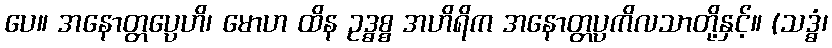
ပေ။ အနောတ္တပ္ပေဟိ၊ မောဟ ထိန ဥဒ္ဓစ္စ အဟိရိက အနောတ္တပ္ပကိလသာတို့နှင့်။ (သဒ္ဓံ၊